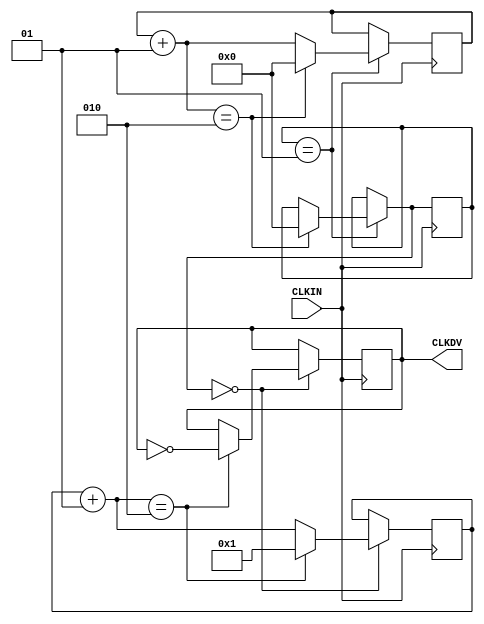
// $Header: /devl/xcs/repo/env/Databases/CAEInterfaces/verunilibs/data/uni9000/CLK_DIV2SD.v,v 1.6 2008/05/01 20:24:36 vandanad Exp $
///////////////////////////////////////////////////////////////////////////////
// Copyright (c) 1995/2004 Xilinx, Inc.
// All Right Reserved.
///////////////////////////////////////////////////////////////////////////////
//   ____  ____
//  /   /\/   /
// /___/  \  /    Vendor : Xilinx
// \   \   \/     Version : 8.2i (I.28)
//  \   \         Description : Xilinx Functional Simulation Library Component
//  /   /                  Global Clock Divider with Start Delay
// /___/   /\     Filename : CLK_DIV2SD.v
// \   \  /  \    Timestamp : Thu Mar 25 16:41:45 PST 2004
//  \___\/\___\
//
// Revision:
//    03/23/04 - Initial version.
//    02/22/06 - CR#226003 - Added integer, real parameter type
//    05/23/07 - Changed timescale to 1 ps / 1 ps.

`timescale 1 ps / 1 ps

module CLK_DIV2SD (CLKDV,CLKIN);


input CLKIN;
output CLKDV;
reg CLKDV;

localparam integer DIVIDE_BY = 2;
localparam integer DIVIDER_DELAY = 1;

integer CLOCK_DIVIDER;
integer START_WAIT_COUNT;
integer DELAY_START;

initial begin
 CLOCK_DIVIDER = 0;
 START_WAIT_COUNT = 0;
 DELAY_START = DIVIDER_DELAY;
 CLKDV = 1'b0;
end

always @(posedge CLKIN)
begin

if (DELAY_START == 1) 
 begin
 START_WAIT_COUNT = START_WAIT_COUNT + 1;
	if (START_WAIT_COUNT == DIVIDE_BY)
	begin
	START_WAIT_COUNT = 0;
	DELAY_START  = 0;
	end
 end

if (DELAY_START == 0) 
 begin
 CLOCK_DIVIDER = CLOCK_DIVIDER + 1;
	if (CLOCK_DIVIDER == (DIVIDE_BY/2 + 1)) 
	begin
	CLOCK_DIVIDER = 1;
	CLKDV = ~CLKDV;
	end
 end

end

endmodule